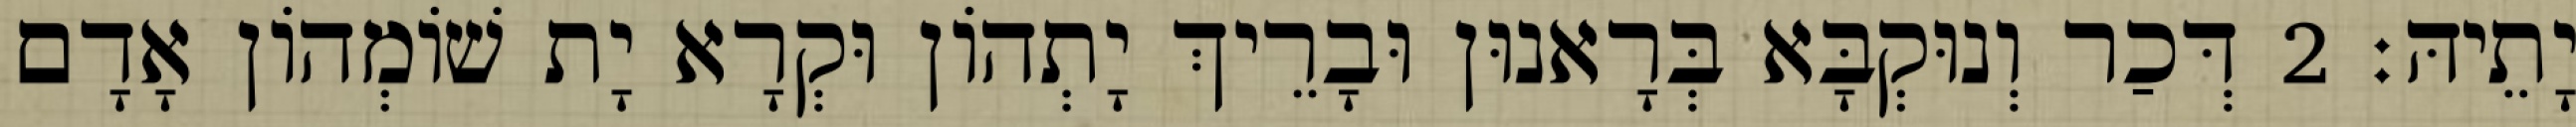
יָתֵיהּ׃ 2 דְּכַר וְנוּקְבָּא בְּרָאנוּן וּבָרֵיךְ יָתְהוֹן וּקְרָא יָת שׁוֹמְהוֹן אָדָם